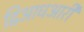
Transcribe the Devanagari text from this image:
द्विआधआरी